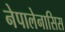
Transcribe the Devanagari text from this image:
नेपालेनासिस